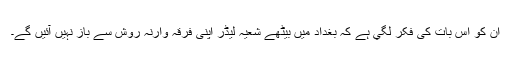
ان کو اس بات کی فکر لگي ہے کہ بغداد میں بیٹھے شعیہ لیڈر اپنی فرقہ وارنہ روش سے باز نہیں آئیں گے۔